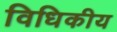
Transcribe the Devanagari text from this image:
विधिकीय